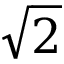
\sqrt { 2 }